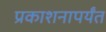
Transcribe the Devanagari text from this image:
प्रकाशनापर्यंत